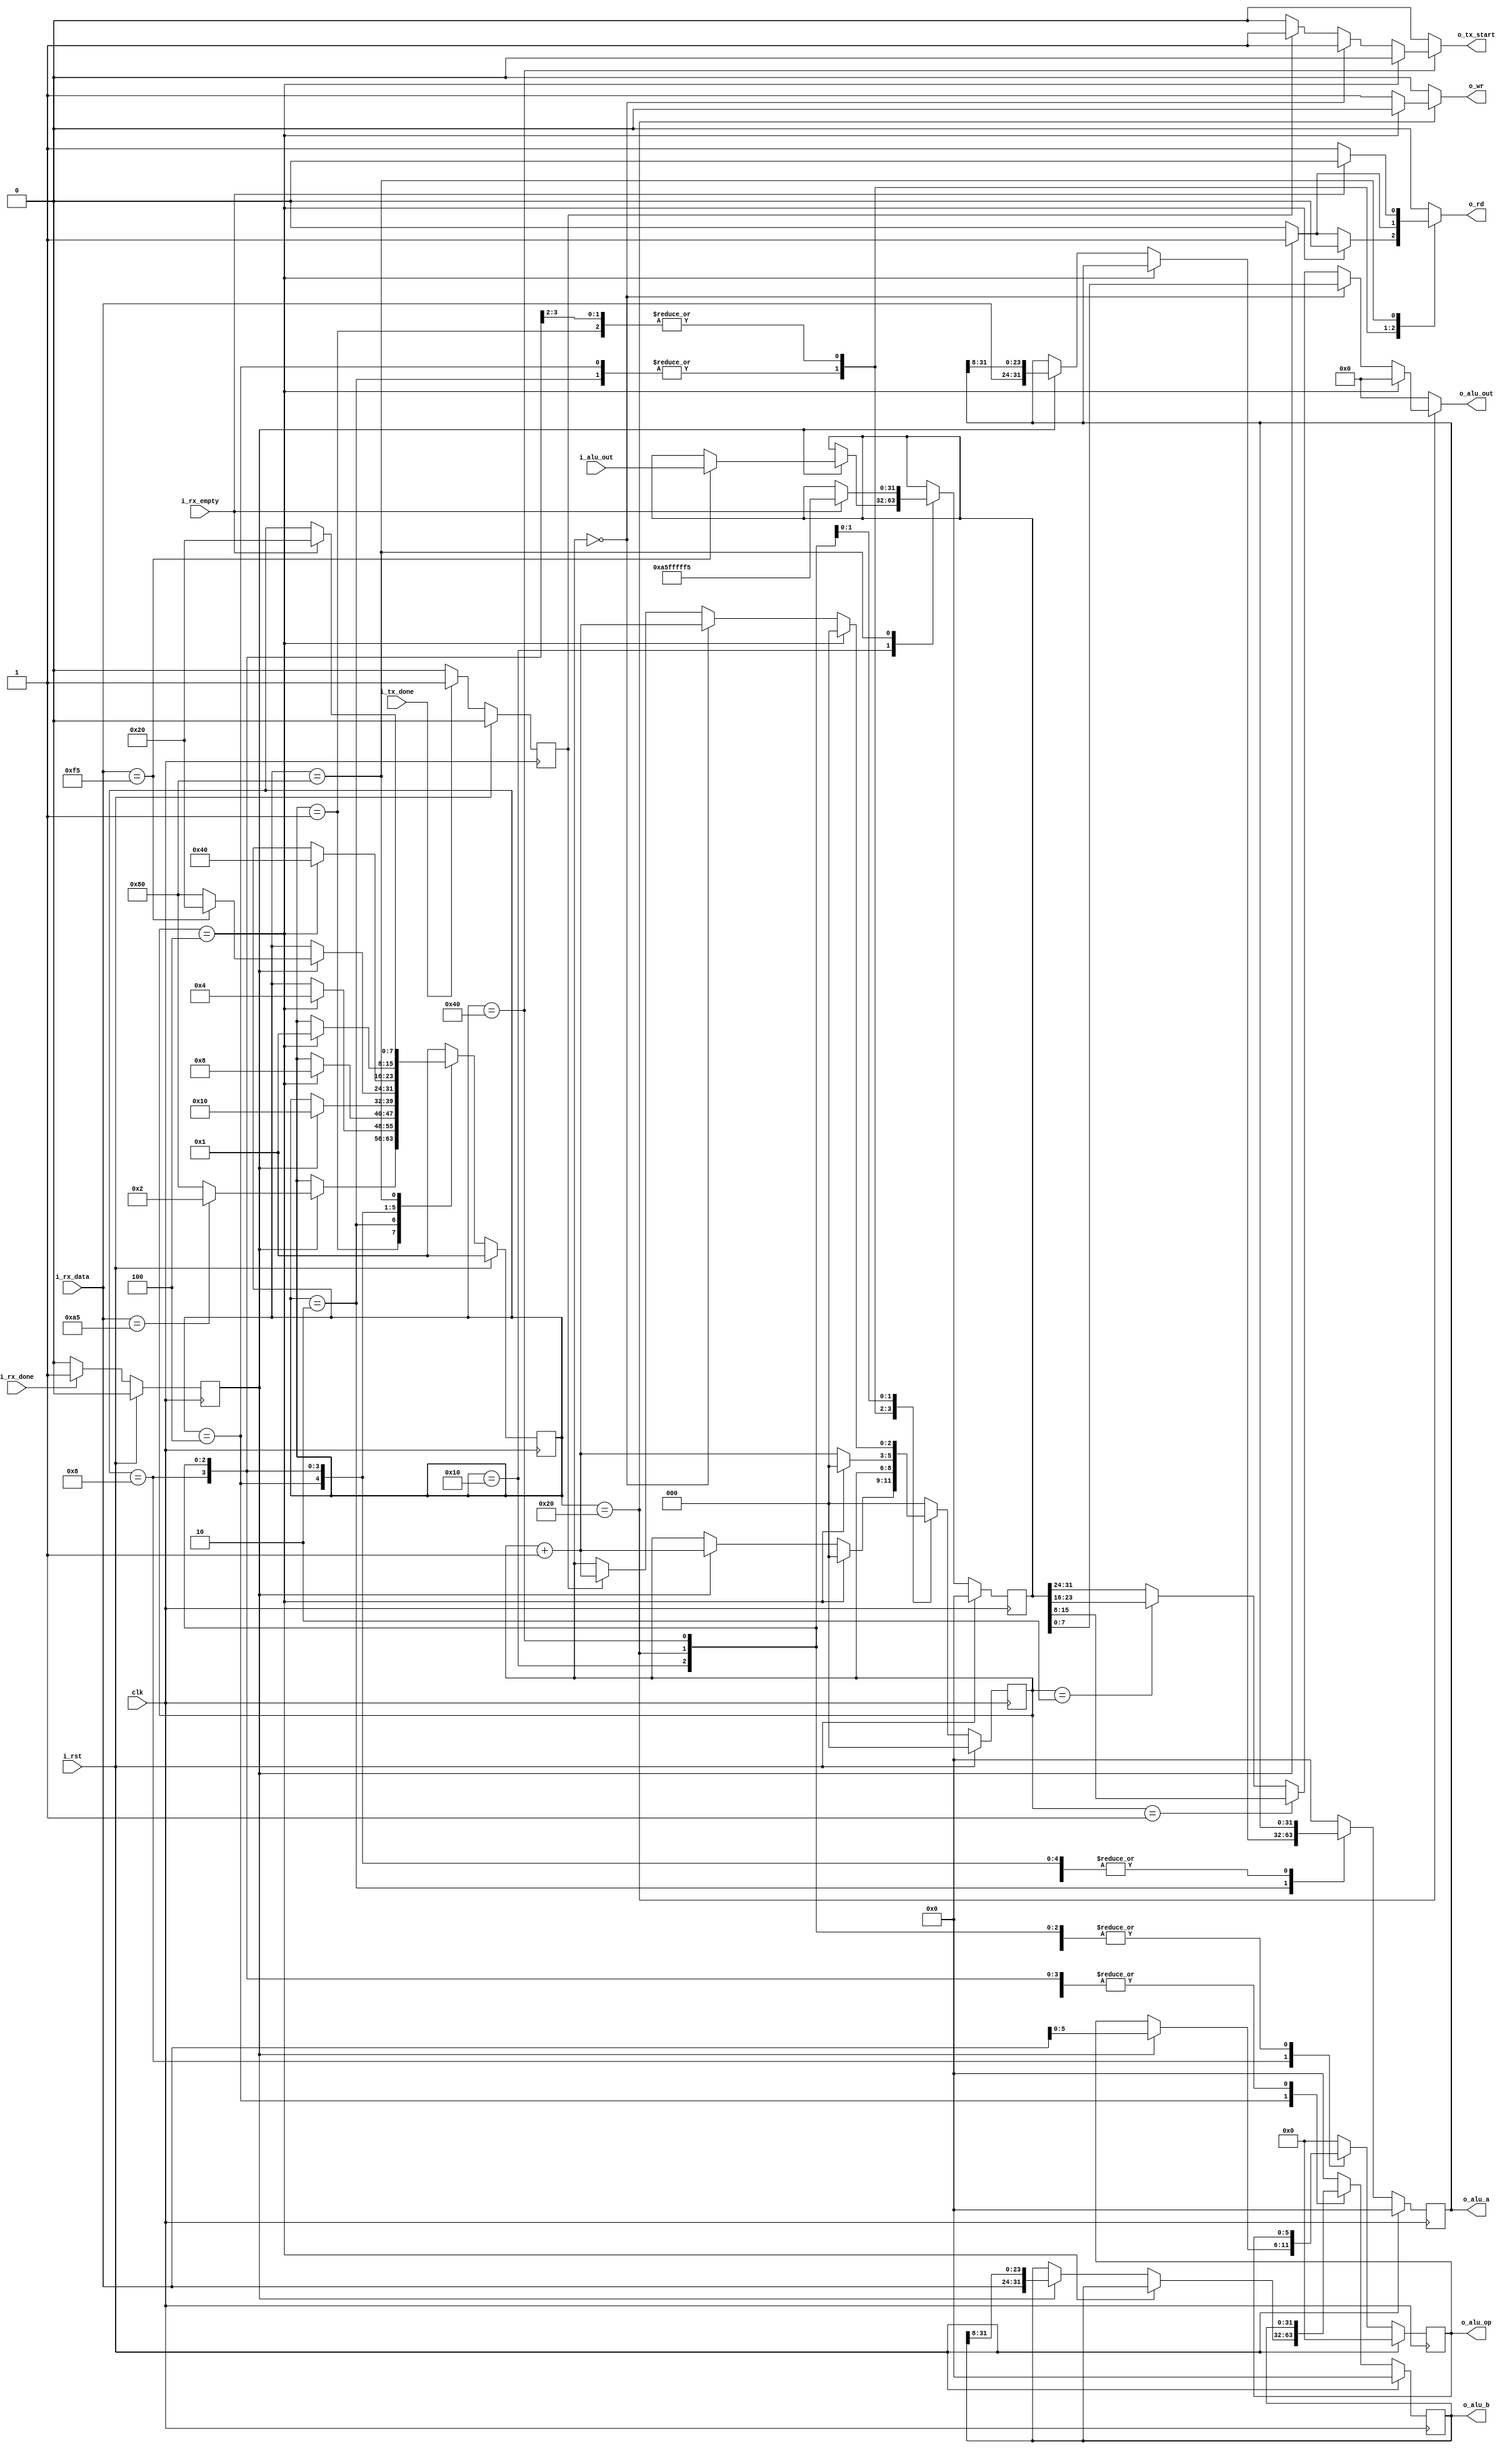
//! @title INTERFACE
//! @file interface.v
//! @author Felipe Montero Bruni
//! @date 10-2023
//! @version 0.1

module interface #(
    parameter NB_DATA  = 8,                   //! NB of Data input
    parameter NB_REG   = 32,                  //! NB of ALU inputs
    parameter NB_OP    = 6,                   //! NB of ALU operation
    parameter NB_COUNT = 3                    //! NB of data counter
) (
    output reg                   o_tx_start,  //! UART Tx start signal output
    output reg                   o_rd      ,  //! FIFO Rx read enable output
    output reg                   o_wr      ,  //! FIFO Tx write enable output
    output reg [NB_DATA - 1 : 0] o_alu_out ,  //! ALU result output
    output     [NB_REG  - 1 : 0] o_alu_a   ,  //! ALU a output
    output     [NB_REG  - 1 : 0] o_alu_b   ,  //! ALU b output
    output     [NB_OP   - 1 : 0] o_alu_op  ,  //! ALU op output
    input      [NB_REG  - 1 : 0] i_alu_out ,  //! ALU result input
    input      [NB_DATA - 1 : 0] i_rx_data ,  //! FIFO Rx data input
    input                        i_rx_done ,  //! UART Rx done signal input
    input                        i_rx_empty,  //! FIFO Rx empty signal input
    input                        i_tx_done ,  //! UART Tx done signal input
    input                        i_rst     ,  //! Reset
    input                        clk          //! Clock
);

    localparam NB_STATE = 8;

    //! FSMD states
    localparam [NB_STATE - 1 : 0] IDLE     = 8'b00000001;
    localparam [NB_STATE - 1 : 0] DATA_A   = 8'b00000010;
    localparam [NB_STATE - 1 : 0] DATA_B   = 8'b00000100;
    localparam [NB_STATE - 1 : 0] DATA_OP  = 8'b00001000;
    localparam [NB_STATE - 1 : 0] END_RX   = 8'b00010000;
    localparam [NB_STATE - 1 : 0] FIFO_OUT = 8'b00100000;
    localparam [NB_STATE - 1 : 0] SEND     = 8'b01000000;
    localparam [NB_STATE - 1 : 0] ERROR    = 8'b10000000;

    //! Internal Signals
    reg [NB_STATE  - 1 : 0] state_reg;
    reg [NB_STATE  - 1 : 0] next_state;

    reg [NB_REG    - 1 : 0] alu_a_reg;
    reg [NB_REG    - 1 : 0] alu_a_next;
    reg [NB_REG    - 1 : 0] alu_b_reg;
    reg [NB_REG    - 1 : 0] alu_b_next;
    reg [NB_OP     - 1 : 0] alu_op_reg;
    reg [NB_OP     - 1 : 0] alu_op_next;
    reg [NB_REG    - 1 : 0] alu_out_reg;
    reg [NB_REG    - 1 : 0] alu_out_next;

    reg [NB_COUNT  - 1 : 0] d_count_reg;
    reg [NB_COUNT  - 1 : 0] d_count_next;

    reg                     rx_done_reg;
    reg                     tx_done_reg;


    //! FSMD states
    always @(posedge clk) begin
        if (i_rst) begin
            state_reg   <= IDLE;
            alu_a_reg   <= {NB_REG{1'b0}};
            alu_b_reg   <= {NB_REG{1'b0}};
            alu_op_reg  <= {NB_OP{1'b0}};
            alu_out_reg <= {NB_REG{1'b0}};
            d_count_reg <= {NB_COUNT{1'b0}};
        end
        else begin
            state_reg   <= next_state;
            alu_a_reg   <= alu_a_next;
            alu_b_reg   <= alu_b_next;
            alu_op_reg  <= alu_op_next;
            alu_out_reg <= alu_out_next;
            d_count_reg <= d_count_next;
        end
    end


    always @(posedge clk) begin
        if (i_rst) begin
            rx_done_reg <= 1'b0;
            tx_done_reg <= 1'b0;
        end
        else begin
            if (i_rx_done)
                rx_done_reg <= 1'b1;
            else
                rx_done_reg <= 1'b0;
            
            if (i_tx_done == 1'b1)
                tx_done_reg <= 1'b1;
            else
                tx_done_reg <= 1'b0;
        end
    end

    // Next-state logic
    always @(*) begin
        o_tx_start   = 1'b0;
        o_rd         = 1'b0;
        o_wr         = 1'b0;
        o_alu_out    = {NB_DATA{1'b0}};
        next_state   = state_reg;
        alu_a_next   = alu_a_reg;   
        alu_b_next   = alu_b_reg; 
        alu_op_next  = alu_op_reg;
        alu_out_next = alu_out_reg;
        d_count_next = d_count_reg;

        case (state_reg)
            IDLE: begin
                if (rx_done_reg) begin
                    o_rd = 1'b1;
                    if (i_rx_data == 8'hA5)
                        next_state = DATA_A;
                    else
                        next_state = ERROR;
                end
            end
            DATA_A: begin
                if (d_count_reg == 3'b100) begin
                    next_state = DATA_B;
                    d_count_next = {NB_COUNT{1'b0}};
                end
                else begin
                    if (rx_done_reg) begin
                        o_rd = 1'b1;
                        alu_a_next = {i_rx_data, alu_a_reg[NB_REG - 1 : NB_DATA]};
                        d_count_next = d_count_reg + 1'b1;
                    end
                end
            end
            DATA_B: begin
                if (d_count_reg == 3'b100) begin
                    next_state = DATA_OP;
                    d_count_next = {NB_COUNT{1'b0}};
                end
                else begin
                    if (rx_done_reg) begin
                        o_rd = 1'b1;
                        alu_b_next = {i_rx_data, alu_b_reg[NB_REG - 1 : NB_DATA]};
                        d_count_next = d_count_reg + 1'b1;
                    end
                end
            end
            DATA_OP: begin
                if (rx_done_reg) begin
                    next_state = END_RX;
                    o_rd = 1'b1;
                    alu_op_next = i_rx_data[NB_DATA - 3 : 0];
                end
            end
            END_RX: begin
                if (rx_done_reg) begin
                    o_rd = 1'b1;
                    if (i_rx_data == 8'hF5) begin
                        next_state   = FIFO_OUT;
                        alu_out_next = i_alu_out; 
                    end
                    else
                        next_state = ERROR;
                end
            end
            FIFO_OUT: begin
                if (d_count_reg == 3'b100) begin
                    next_state = SEND;
                    d_count_next = {NB_COUNT{1'b0}};
                end
                else begin
                    o_wr = 1'b1;
                    if (d_count_reg == 3'b000)
                        o_alu_out = alu_out_reg[7  :  0];
                    else if (d_count_reg == 3'b001)
                        o_alu_out = alu_out_reg[15 :  8];
                    else if (d_count_reg == 3'b010)
                        o_alu_out = alu_out_reg[23 : 16];
                    else
                        o_alu_out = alu_out_reg[31 : 24];
                    
                    d_count_next = d_count_reg + 1'b1;
                end
            end
            SEND: begin
                if (d_count_reg == 3'b100) begin
                    next_state = IDLE;
                    d_count_next = {NB_COUNT{1'b0}};
                end
                else if (d_count_reg == 3'b000) begin
                    o_tx_start = 1'b1;
                    d_count_next = d_count_reg + 1'b1;
                end
                else begin
                    if (tx_done_reg) begin
                        o_tx_start = 1'b1;
                        d_count_next = d_count_reg + 1'b1;
                    end  
                end  
            end
            ERROR: begin
                //o_alu_out    = {NB_DATA{1'b0}};
                alu_a_next   = {NB_REG{1'b0}};
                alu_b_next   = {NB_REG{1'b0}};
                alu_op_next  = {NB_OP{1'b0}};
                d_count_next = {NB_COUNT{1'b0}};
                if (~i_rx_empty)
                    o_rd = 1'b1;
                else begin
                    alu_out_next = 32'hA5FFFFF5;
                    next_state = FIFO_OUT;
                    //next_state = IDLE;
                end
            end
            default: begin
                o_alu_out    = {NB_DATA{1'b0}};
                alu_a_next   = {NB_REG{1'b0}};
                alu_b_next   = {NB_REG{1'b0}};
                alu_op_next  = {NB_OP{1'b0}};
                d_count_next = {NB_COUNT{1'b0}};
                next_state = IDLE;
            end
        endcase
    end

    assign o_alu_a        = alu_a_reg;
    assign o_alu_b        = alu_b_reg;
    assign o_alu_op       = alu_op_reg;

endmodule